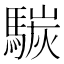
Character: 𩤧